Dysentery in Hazaribagh Central Jail - Number 52
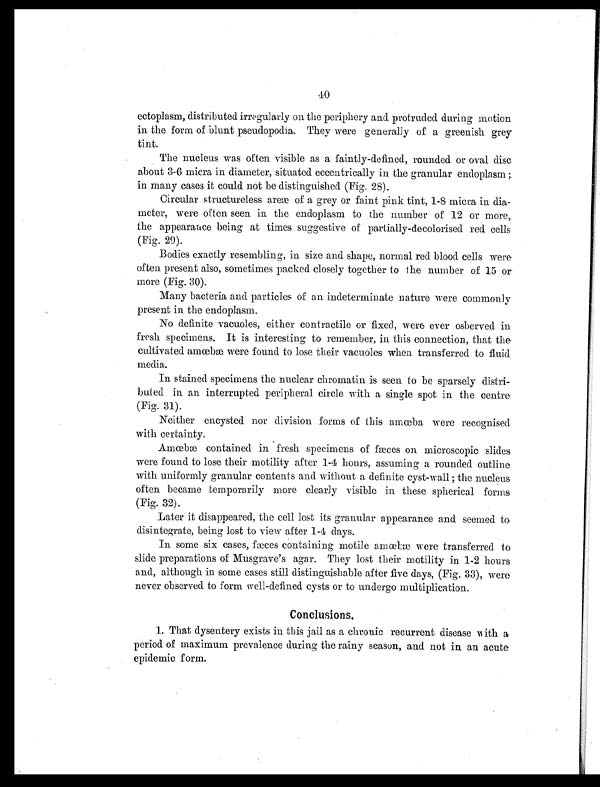
40
ectoplasm, distributed irregularly on the periphery and protruded during motion
in the form of blunt pseudopodia. They were generally of a greenish grey
tint.
The nucleus was often visible as a faintly-defined, rounded or oval disc
about 3-6 micra in diameter, situated eccentrically in the granular endoplasm ;
in many cases it could not be distinguished (Fig. 28).
Circular structureless areæ of a grey or faint pink tint, 1-8 micra in dia-
meter, were often seen in the endoplasm to the number of 12 or more,,
the appearance being at times suggestive of partially-decolorised red cells
(Fig. 29).
Bodies exactly resembling, in size and shape, normal red blood cells were
often present also, sometimes packed closely together to the number of 15 or
more (Fig. 30).
Many bacteria and particles of an indeterminate nature were commonly
present in the endoplasm.
No definite vacuoles, either contractile or fixed, were ever osberved in
fresh specimens. It is interesting to remember, in this connection, that the.
cultivated amœbæ were found to lose their vacuoles when transferred to fluid
media.
In stained specimens the nuclear chromatin is seen to be sparsely distri-
buted in an interrupted peripheral circle with a single spot in the centre
(Fig. 31).
Neither encysted nor division forms of this amœba were recognised
with certainty.
Amœbæ contained in fresh specimens of fæces on microscopic slides
were found to lose their motility after 1-4 hours, assuming a rounded outline
with uniformly granular contents and without a definite cyst-wall ; the nucleus
often became temporarily more clearly visible in these spherical forms
(Fig. 32).
Later it disappeared, the cell lost its granular appearance and seemed to
disintegrate, being lost to view after 1-4 days.
In some six cases, fæces containing motile amœbæ were transferred to
slide preparations of Musgrave's agar. They lost their motility in 1-2 hours
and, although in some cases still distinguishable after five days, (Fig. 33), were
never observed to form well-defined cysts or to undergo multiplication.
Conclusions.
1. That dysentery exists in this jail as a chronic recurrent disease with a
period of maximum prevalence during the rainy season, and not in an acute
epidemic form.